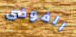
الفوضى